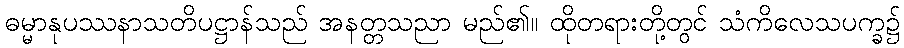
ဓမ္မာနုပဿနာသတိပဋ္ဌာန်သည် အနတ္တသညာ မည်၏။ ထိုတရားတို့တွင် သံကိလေသပက္ခ၌